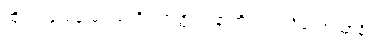
ထိုရဟန်းမိန်းမငယ်ကို။ ဟတ္ထပါဒနာဘိဥဒရပရိယောသာနိ၊